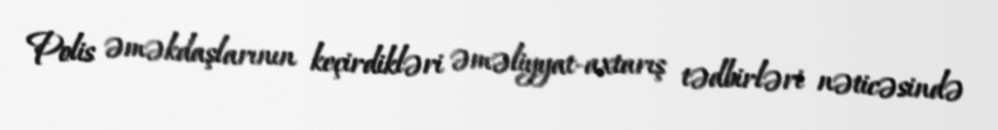
Polis əməkdaşlarının keçirdikləri əməliyyat-axtarış tədbirləri nəticəsində